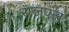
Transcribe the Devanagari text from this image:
राजपल